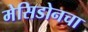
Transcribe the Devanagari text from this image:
मेसिडोनचा